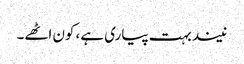
نیند بہت پیاری ہے، کون اٹھے۔